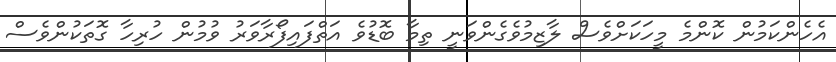
އެހެންކަމުން ކޮންމެ މީހަކަށްވެސް ލާޒިމުވެގެންވަނީ ތިމާ ބޮޑުވެ އަތްފައިފޯރާވަރު ވުމުން ހުރިހާ ގޮތަކުންވެސް